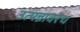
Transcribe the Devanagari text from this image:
उत्पन्नावरच